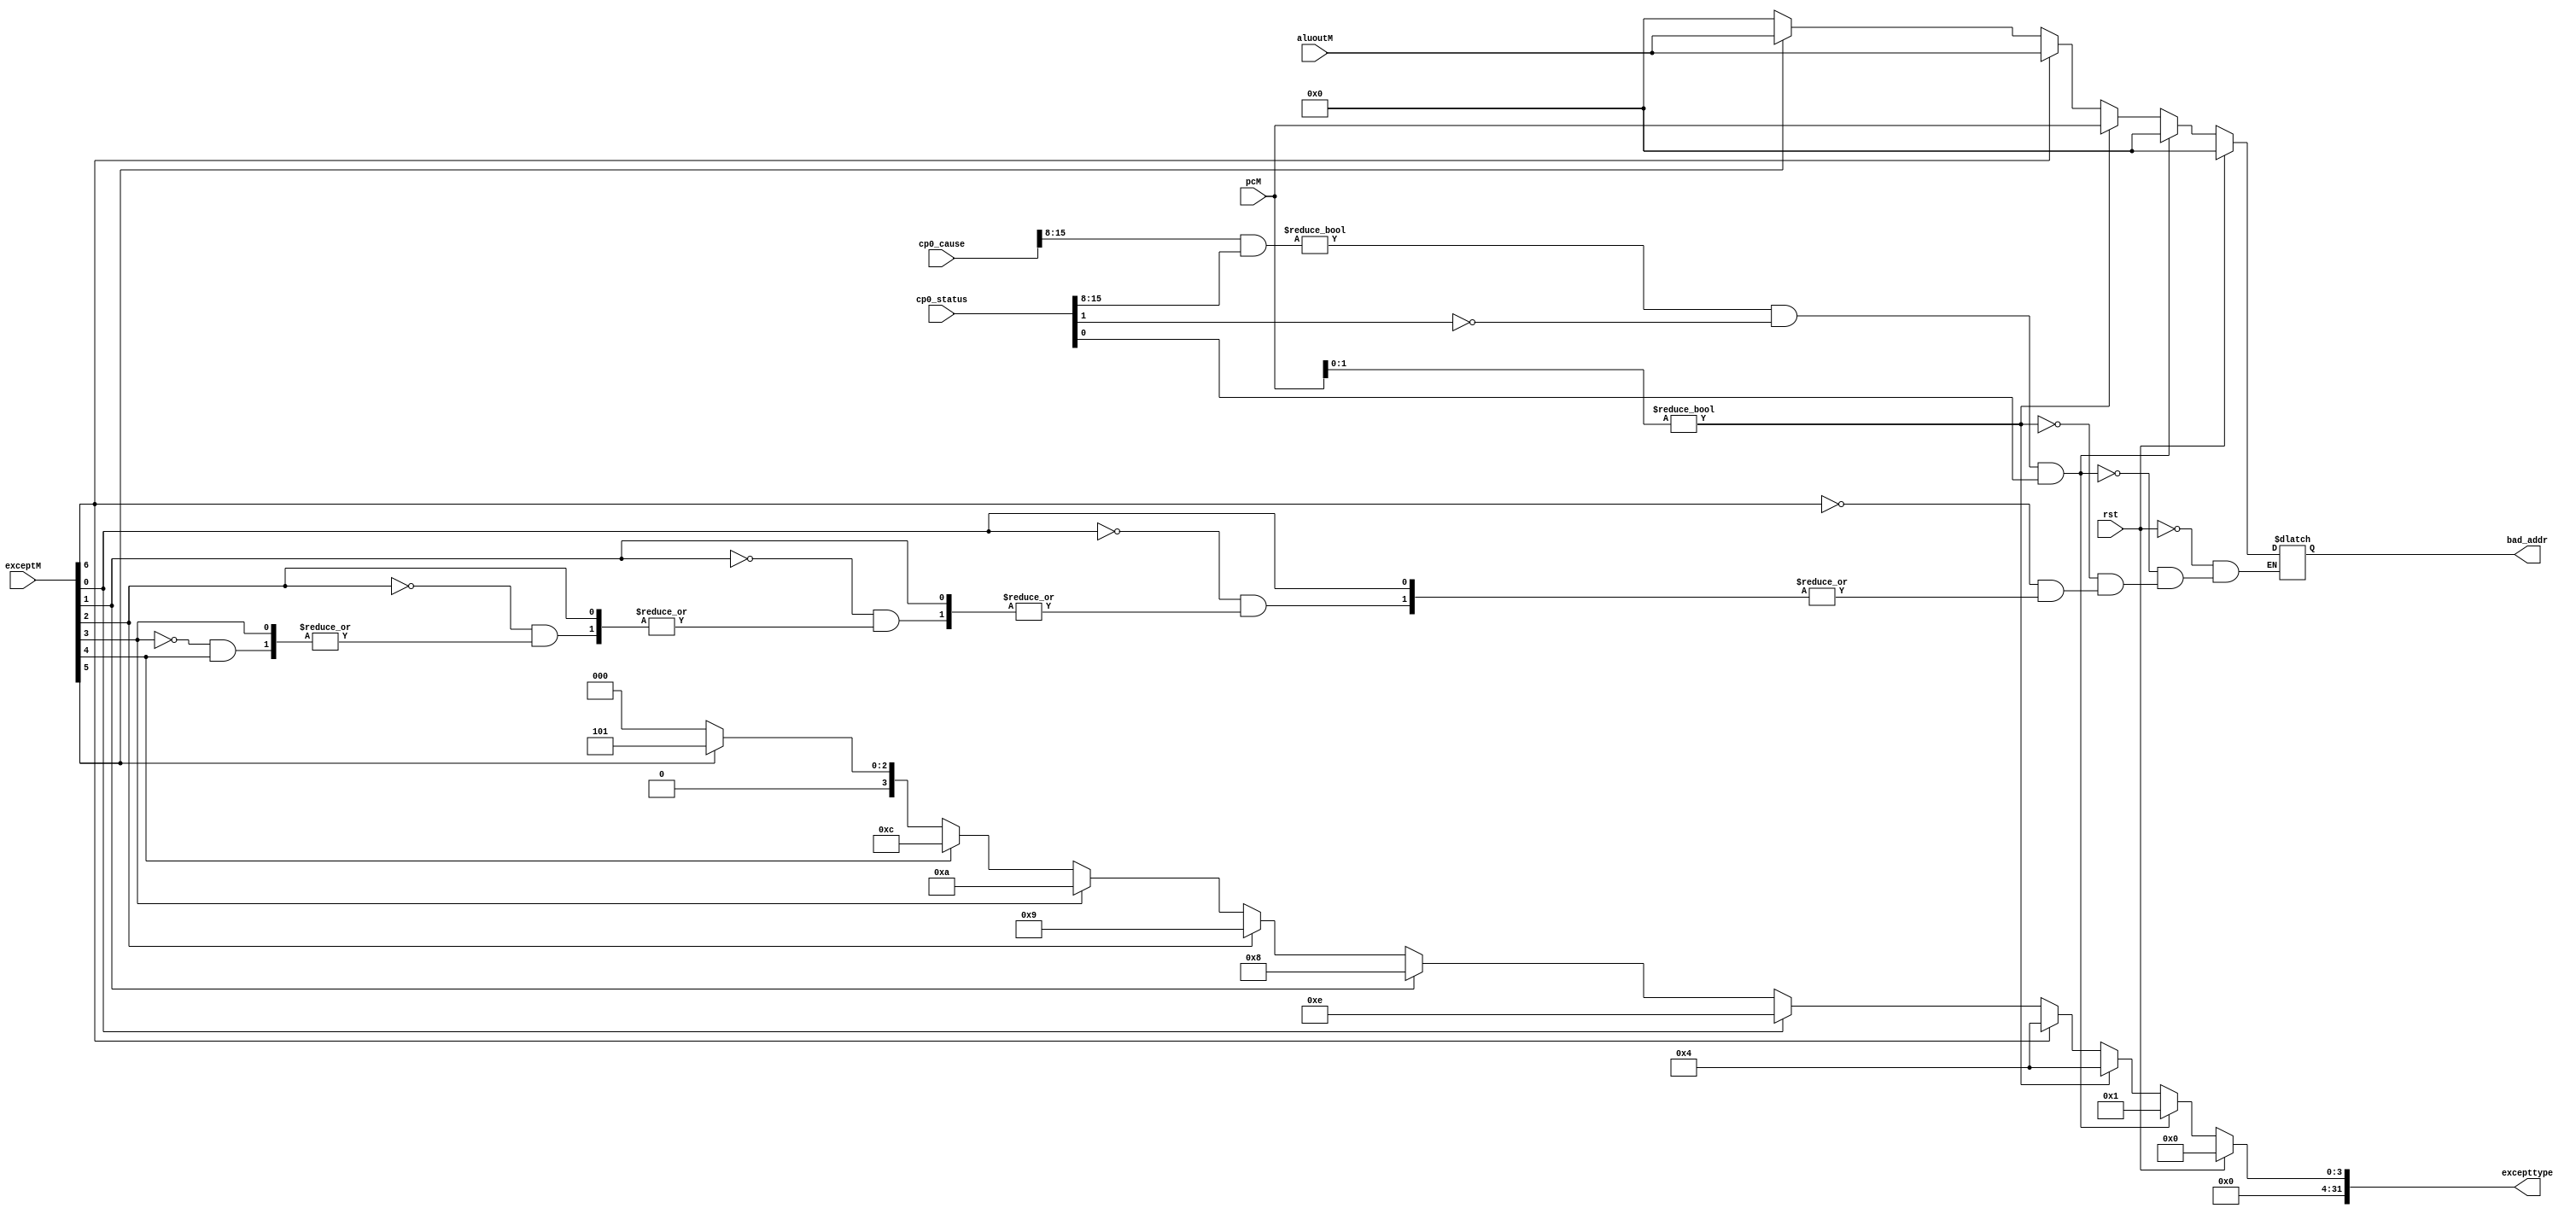
`timescale 1ns / 1ps
//////////////////////////////////////////////////////////////////////////////////
// Company: 
// Engineer: 
// 
// Design Name: 
// Module Name: excepttype
// Project Name: 
// Target Devices: 
// Tool Versions: 
// Description: 
// 
// Dependencies: 
// 
// Revision:
// Revision 0.01 - File Created
// Additional Comments:
// 
//////////////////////////////////////////////////////////////////////////////////


module excepttype(
    input rst,
	input [31:0] pcM,
	input [6:0] exceptM,
	input wire[31:0] cp0_status,cp0_cause,aluoutM,
	output reg [31:0] excepttype,bad_addr
    );
    //eret e,sys8,break9,re a,ov c,s5,l4
    always @(*) begin
		if(rst) begin
		      excepttype <= 32'h00000000;
		      bad_addr<=32'h00000000;
		end else begin
			if((cp0_cause[15:8] & cp0_status[15:8]) != 8'h00 && cp0_status[1] == 1'b0 && cp0_status[0] == 1'b1) begin
				excepttype <= 32'h00000001;
				bad_addr<=32'h00000000;
			end else if(pcM[1:0]!=2'b00)	begin 
				excepttype <= 32'h00000004;
				bad_addr <= pcM;
			end else if(exceptM[6]) begin//adel
				excepttype <= 32'h00000004;
				bad_addr <= aluoutM;
			end
			else if(exceptM[0])	excepttype <= 32'h0000000e;//eret
			else if(exceptM[1])	excepttype <= 32'h00000008;//sys
			else if(exceptM[2])	excepttype <= 32'h00000009;//breakM
			else if(exceptM[3])	excepttype <= 32'h0000000a;//re
			else if(exceptM[4])	excepttype <= 32'h0000000c;//ov
			else if(exceptM[5]) begin //ades
				excepttype <= 32'h00000005;
				bad_addr<=aluoutM;
			end else begin	
			excepttype <= 32'h00000000;
			bad_addr<=32'h00000000;
			end
		end
	end
endmodule